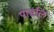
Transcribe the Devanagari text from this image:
पाडलि